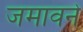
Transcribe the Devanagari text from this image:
जमावने